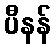
ပီနန်